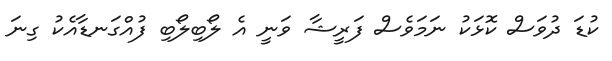
ކުޑަ ދުވަސް ކޮޅަކު ނަމަވެސް ފަރީޝާ ވަނީ އެ ލޯބިލޯބި ފުއްގަނޑާއެކު ގިނަ